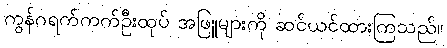
ကွန်ဂရက်ကက်ဦးထုပ် အဖြူများကို ဆင်ယင်ထားကြသည်။